Bréfritari: Sigríður Pálsdóttir
Viðtakandi: Páll Pálsson
Dagsetning: A-1850-06-05
Skrifað á: Hraungerði  Árn.
Páll var bróðir Sigríðar

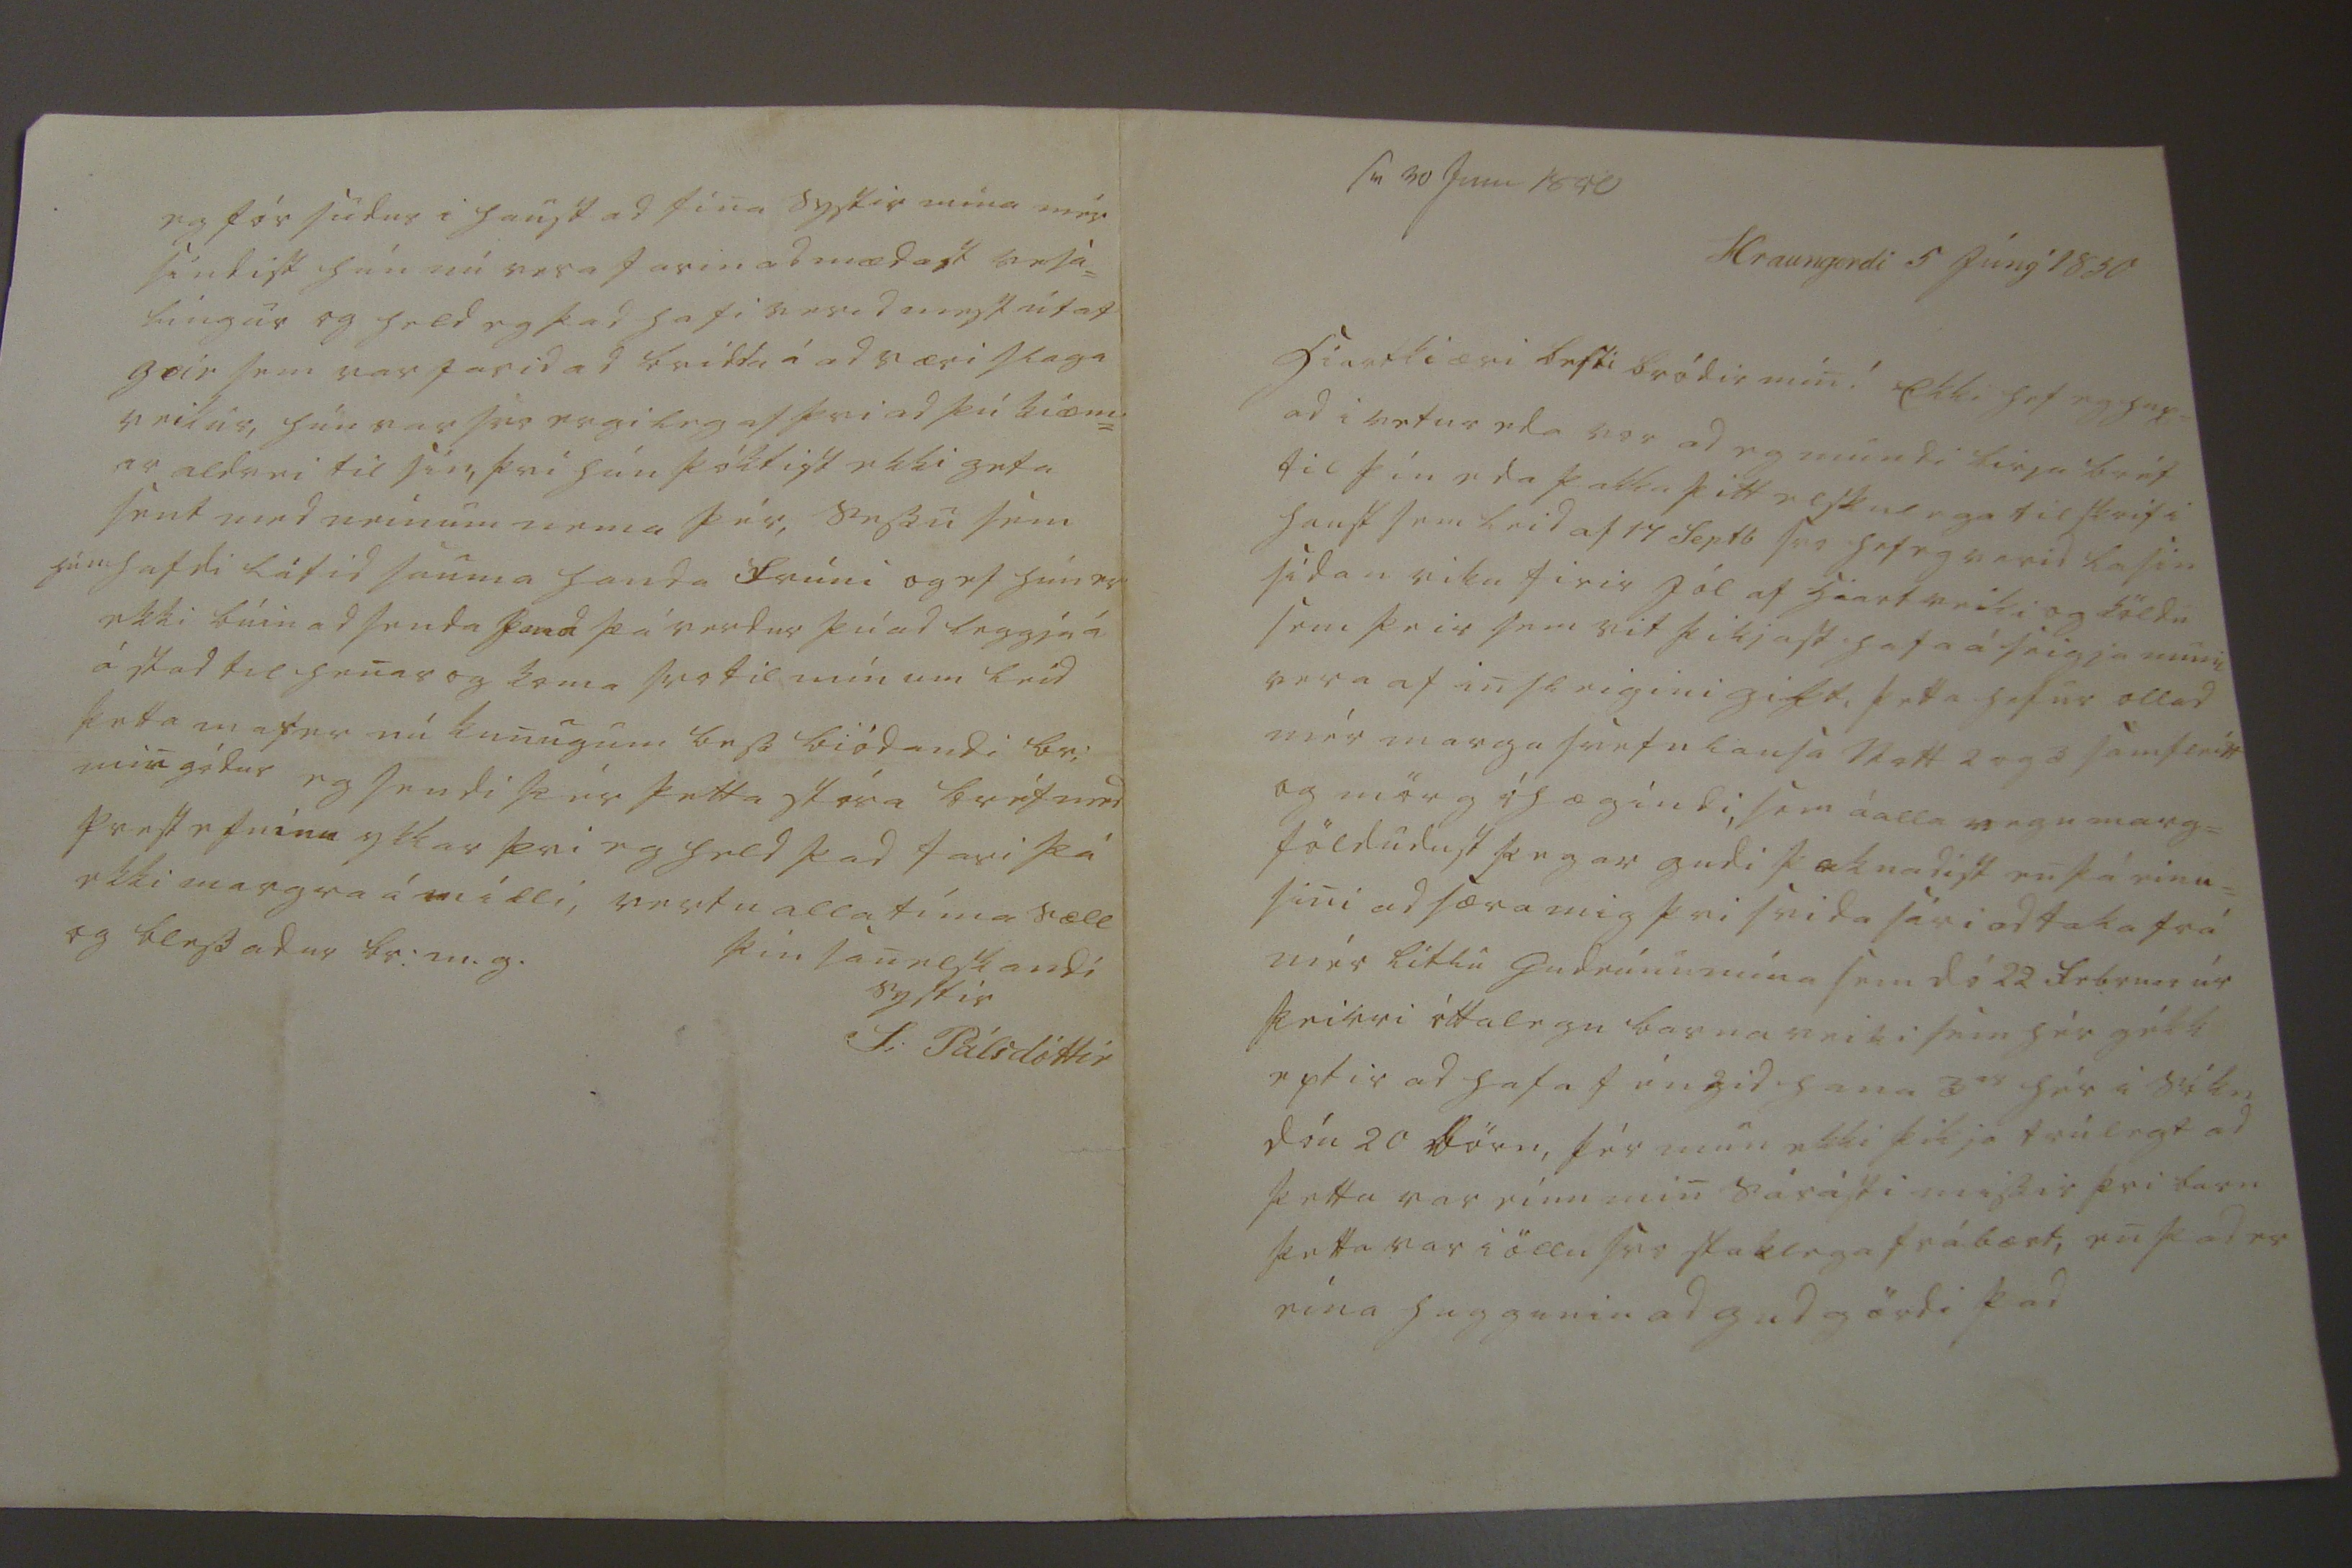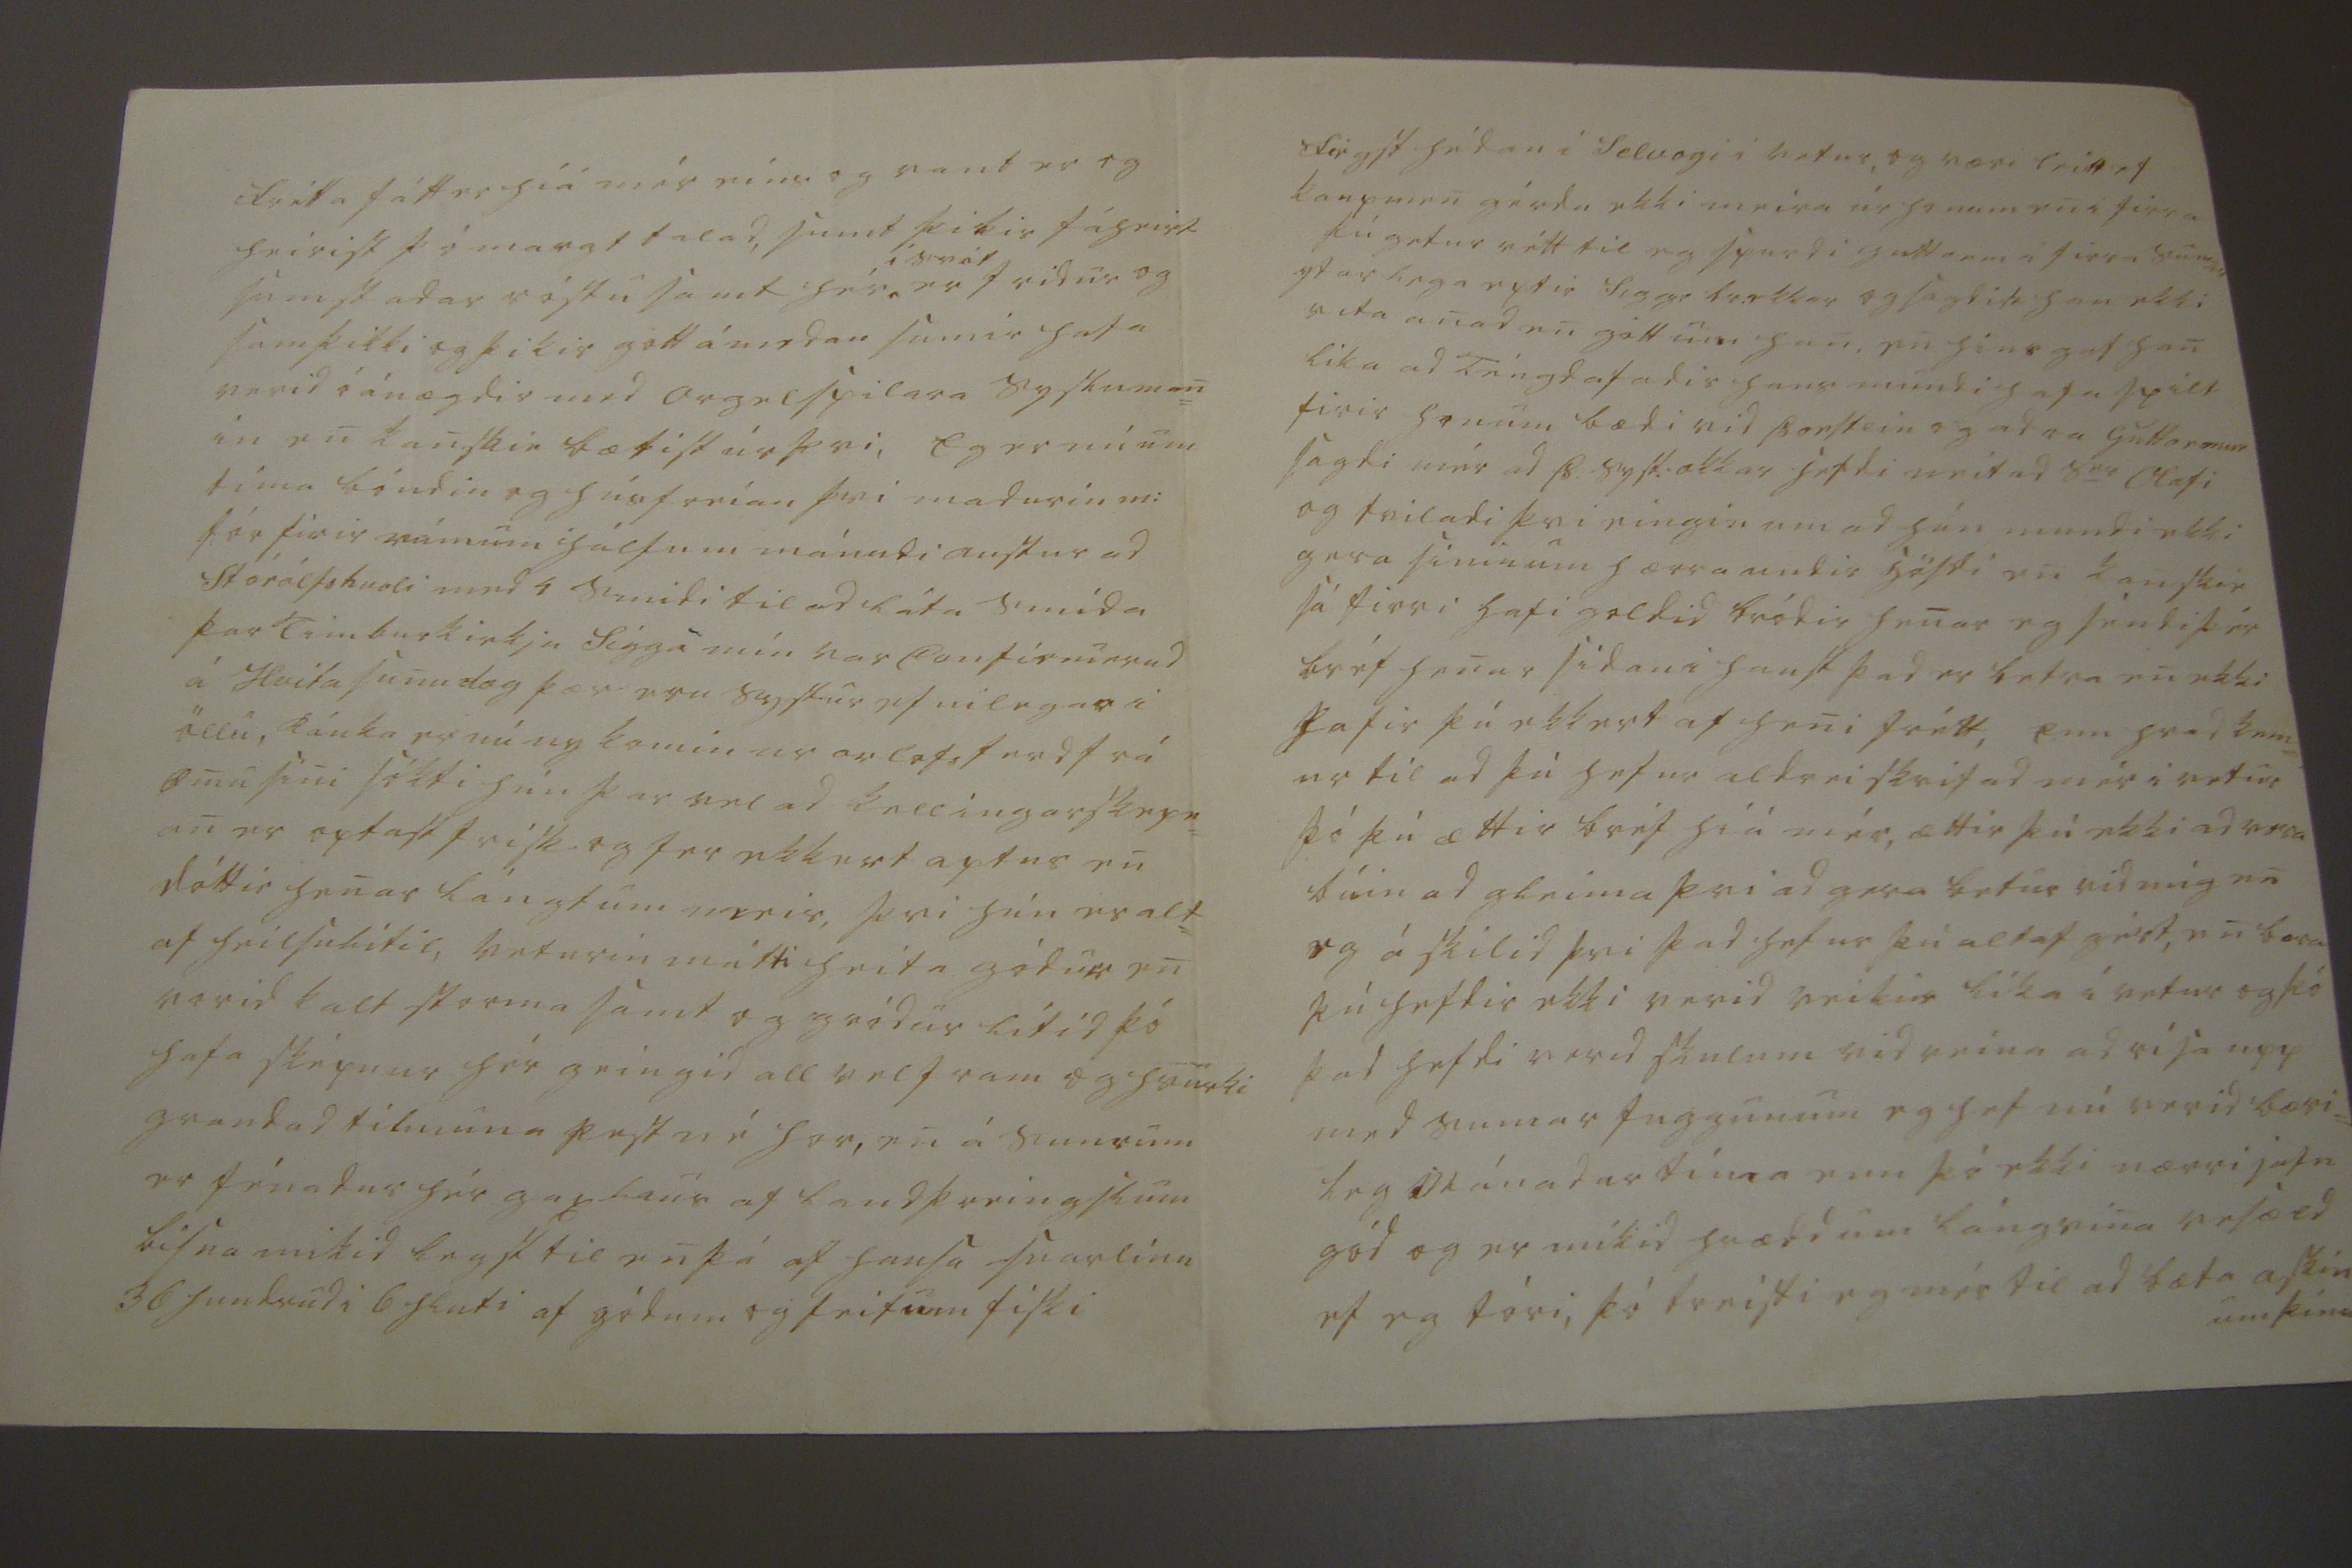

sv 30 Juni 1850
Hraungerdi 5 Júnj 1850
hiartkiæri besti bródir min! Ekki hef eg hux= ad i vetur eda svo ad eg mundi birja bréf til þín eda þakka þitt elskulega tilskrif i haust sem leid af 14 Septb svo hef eg verid lasin sídan viku firir jól af hiartveiki og köldu sem þeir sem vit þikjast hafa á seigja muni vera af insleigini gikt, þetta hefur ollid mér marga svefnlausa Nott 2 og 3 samfleitt og mörg óhægindi, sem á alla vegu marg= földudust þegar gudi þoknadist en þá einu= sini ad særa mig þvi svida sári ad taka frá mér litlu Gudrúnu mína sem dó 22 februar úr þeirri óttalegu barna veiki sem hér gékk eptir ad hafa féngid hana 3
ir
hér i sókn dóu 20 börn, þér mun ekki þikja trúlegt ad þetta var einn min sárasti missir þvi barn þetta var i öllu svo staklega frábært, en þad er eina huggunin ad gud gördi þad
frétta fátt er hiá mér eins og vant er eg heirist þó margt talad, sumt þikir fáheirt sumstadar róstu samt hér
i sveit
er fridur og samþikki og þikir gott á medan sumir hafa verid óánægdir med
orgelspilara
sysluman= in en kanskie bætist úr þvi, Eg er nú um tíma bóndin og húsfreian þvi madurin m: fór firir rúmum hálfum mánudi austur ad Stórólfshvoli med 4 smidi til ad láta smída þar Timburkirkju Sigga mín var Confirmerud á Hvita sunudag þær eru systur efnilegar i öllu, Ránka er nú ny komin ur orlofsferd frá Ömu sini sókti hún þar vel ad kellingarskepn= an er optast frisk og fer ekkert aptur en dóttir henar lángtum meir, þvi hún er alt= af heilsulítil, veturin mátti heita gódur en vorid kalt storma samt og gródur lítid þó hafa sképnur hér geingid all vel fram og hvurki grandad til muna pest né hor, en á sumrum er fénadur hér gaxlaus af landþreingslum bisna mikid legst til en þá af hausa snarlinu 36 hundrud i 6 hluti af gódum og feitum fiski
fiegst hédan i Selvogi i vetur, og væri leitt ef kaupmen gérdu ekki meira úr honum en i firra þú getur rétt til eg spurdi guttorm i firra sumar ytarlega eptir Sigg: br okkar og sagdist han ekki vita anad en gott um han, en hins gat han lika ad Téngdafadir hans mundi hafa spilt firir honum bædi vid Þorstein og adra Guttormur sagdi mér ad Þ. syst: okkar hefdi neitad S
er
Olafi og tviladi þvi eingin um ad hún mundi ekki gera sininum hærra undir höfdi en kanskie sá firri hafi goldid bródir henar eg séndi þér bréf henar sídan i haust þad er betra en ekki hafir þú ekket af heni frétt, enn hvad kem= ur til ad þú hefur aldrei skrifad mér i vetur þó þú ættir bréf hiá mér, ættir þú ekki ad vera búin ad gleima þvi ad gera betur vid mig en eg á skilid þvi þad hefur þú altaf gért, en bara þú hefdir ekki verid veikur líka í vetur og þó þad hefdi verid skulum vid reina ad rísa upp med sumar tuggunum eg hef nú verid bæri= leg mánadartíma enn þó ekki nærri jafn gód og er mikid hrædd um lángvina vesæld ef eg tóri, þó treisti eg mér til ad bæta
askin um þínum
eg fór sudur i haust ad fina systir mína mér síndist hún nú vera farin ad mædast vesa= lingur og held eg þad hafi verid mest út af
geir
sem var farid ad bridda á ad væri slaga veikis, hún var svo ergileg af þvi ad þú kiæm= ir aldrei til sín, þvi hún þóktist ekki geta sent med neinum nema þér, sessu sem hún hafdi látid sauma handa frúni og ef hún er ekki búin ad senda
hana
þá verdur þú ad leggja á á stad til henar og koma svo til mín um leid þetta mas er nú kunugum bess biódandi br: min gódur eg sendi þér þetta stóra bréf med prestefninu ykkar þvi eg held þad fari þá ekki margra á milli, vertu alla tíma sæll og blessadur br:m.g.
þín sanelskandi systir
S: Pálsdóttir